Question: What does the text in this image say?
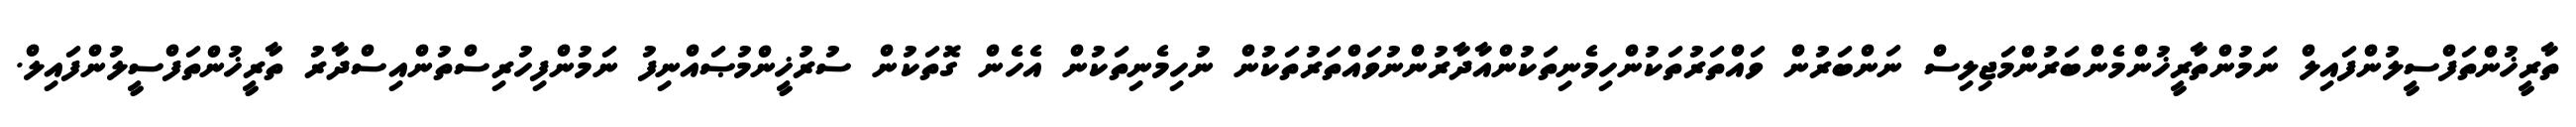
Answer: ތާރީޚުންތަފްސީލުންފައިލް ނަމުންތާރީޚުންމެންބަރުންމަޖިލިސް ނަންބަރުން ވައްތަރުތަކުންހިމެނިތަކުންއާދާރުންނުވައްތަރުތަކުން ނުހިމެނިތަކުން އެހެން ގޮތަކުން ސުރުޚީންމުޞައްނިފު ނަމުންފިހުރިސްތުންއިސްދާރު ތާރީޚުންތަފްސީލުންފައިލް.